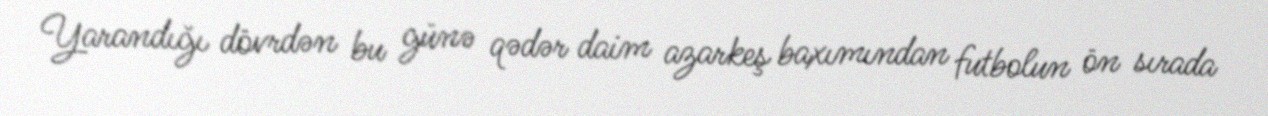
Yarandığı dövrdən bu günə qədər daim azarkeş baxımından futbolun ön sırada